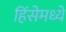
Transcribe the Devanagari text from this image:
हिंसेमध्ये